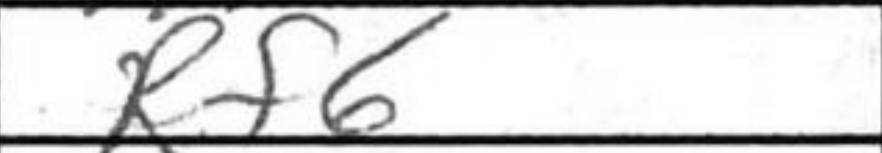
Transcription: Rf6